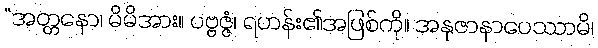
“အတ္တနော၊ မိမိအား။ ပဗ္ဗဇ္ဇံ၊ ရဟန်း၏အဖြစ်ကို။ အနုဇာနာပေဿာမိ၊